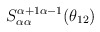
\begin{align*}S_{\alpha\alpha }^{\alpha +1\alpha -1}(\theta _{12})\end{align*}